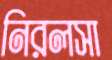
নিরলসা